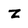
Character: z